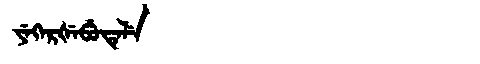
Manchu: ᠶᡝᡴᡝᡵᡧᡝᠪᡠᡨᡝᠯᡝ
Romanization: YEKERŠEBUTELE